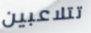
تتلاعبين